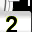
Digit: 2